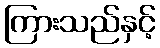
ကြားသည်နှင့်